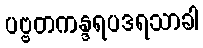
ပဗ္ဗတကန္ဒရပဒရသာခါ